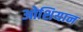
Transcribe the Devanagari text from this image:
ओशियान